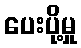
ပေးပို့မှု